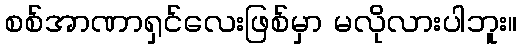
စစ်အာဏာရှင်လေးဖြစ်မှာ မလိုလားပါဘူး။